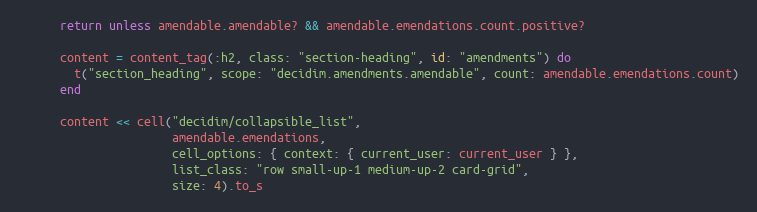
Language: Ruby
      return unless amendable.amendable? && amendable.emendations.count.positive?

      content = content_tag(:h2, class: "section-heading", id: "amendments") do
        t("section_heading", scope: "decidim.amendments.amendable", count: amendable.emendations.count)
      end

      content << cell("decidim/collapsible_list",
                      amendable.emendations,
                      cell_options: { context: { current_user: current_user } },
                      list_class: "row small-up-1 medium-up-2 card-grid",
                      size: 4).to_s